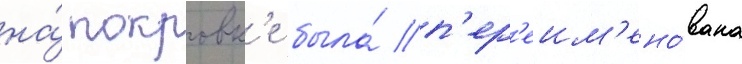
на́ покровк'е была́ п'ер'еим'ено́вана